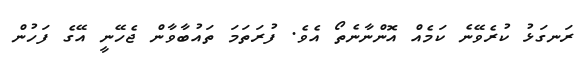
ރަނގަޅު ކުރެވޭނެ ކަމެއް އޮންނާނެތޯ އެވެ. ފުރަތަމަ ތައުބާވާން ޖެހޭނީ އޭގެ ފަހުން